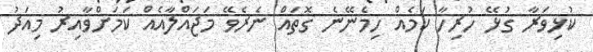
ކުޅިވަރާ ގުޅޭ ހުރިހާ ކަމެއް ހިމެނޭނެ ގޮތައް ނެރެވޭ މަޖައްލާއެއް ކަމަށްވާއިރު މިއަދު